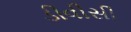
ડીવીસી